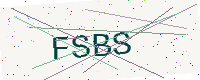
Text: FSBS